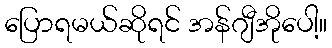
ပြောရမယ်ဆိုရင် အန်ဂျီအိုပေါ့။